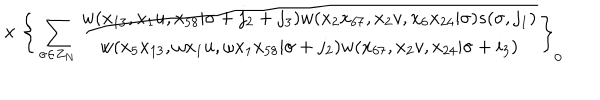
LaTeX: { } ~ \times \Bigg \{ \sum _ { \sigma \in Z _ { N } } \frac { w ( x _ { 1 3 } , x _ { 1 } u , x _ { 5 8 } | \sigma + j _ { 2 } + j _ { 3 } ) w ( x _ { 2 } x _ { 6 7 } , x _ { 2 } v , x _ { 6 } x _ { 2 4 } | \sigma ) s ( \sigma , j _ { 1 } ) } { w ( x _ { 5 } x _ { 1 3 } , \omega x _ { 1 } u , \omega x _ { 1 } x _ { 5 8 } | \sigma + j _ { 2 } ) w ( x _ { 6 7 } , x _ { 2 } v , x _ { 2 4 } | \sigma + i _ { 3 } ) } \Bigg \} _ { 0 } ~ ~